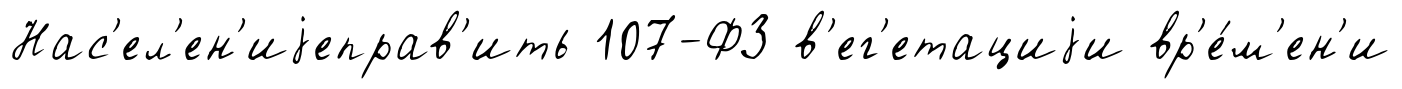
Нас'ел'ен'иjеправ'ить 107-ФЗ в'ег'етациjи вр'е́м'ен'и